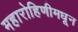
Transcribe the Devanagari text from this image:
महारोहिणीमधून